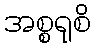
အစ္စရုစိ